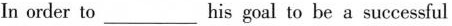
In order to___his goal to be a sucesful